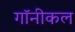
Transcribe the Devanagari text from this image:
गॉनीकल